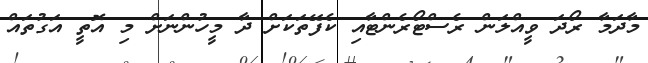
މާދަމާ ރޯދަ ވީއްލަން ރެސްޓޯރެންޓާއި ކެފޭތަކަށް ދާ މީހުންނަށް މި އޮތީ އަގުތައް